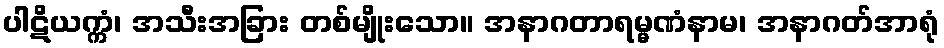
ပါဋိယက္ကံ၊ အသီးအခြား တစ်မျိုးသော။ အနာဂတာရမ္မဏံနာမ၊ အနာဂတ်အာရုံ